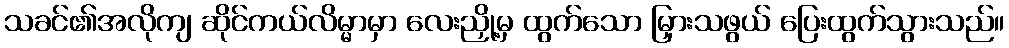
သခင်၏အလိုကျ ဆိုင်ကယ်လိမ္မာမှာ လေးညှို့မှ ထွက်သော မြှားသဖွယ် ပြေးထွက်သွားသည်။